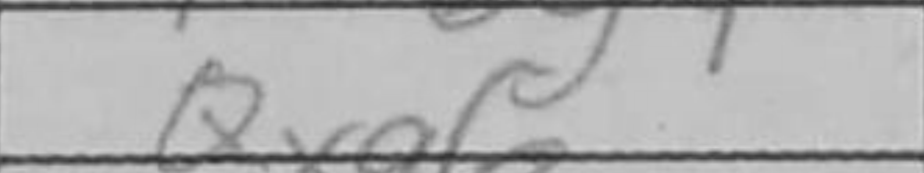
Transcription: Qxa6